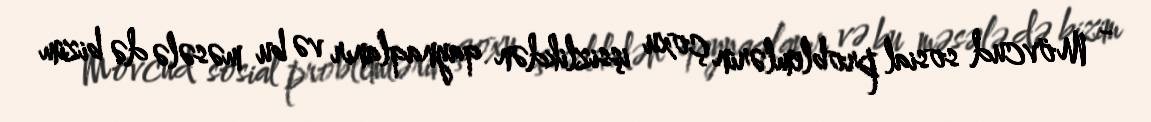
- Mövcud sosial problemlərin çoxu işsizlikdən qaynaqlanır və bu məsələ də bizim